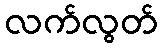
လက်လွတ်